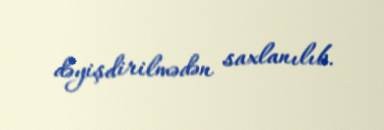
dəyişdirilmədən saxlanılıb.